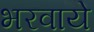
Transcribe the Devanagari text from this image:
भरवाये